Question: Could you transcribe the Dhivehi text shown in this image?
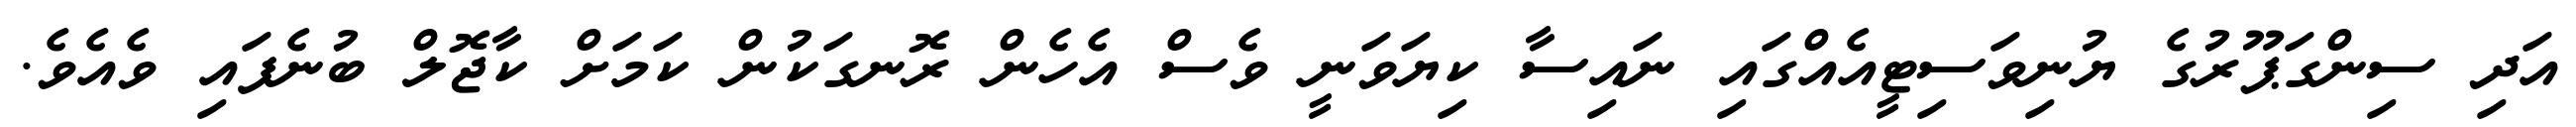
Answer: އަދި ސިންގަޕޫރުގެ ޔުނިވަސިޓީއެއްގައި ނައިސާ ކިޔަވަނީ ވެސް އެހެން ރޮނގަކުން ކަމަށް ކާޖޮލް ބުނެފައި ވެއެވެ.